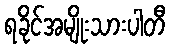
ရခိုင်အမျိုးသားပါတီ